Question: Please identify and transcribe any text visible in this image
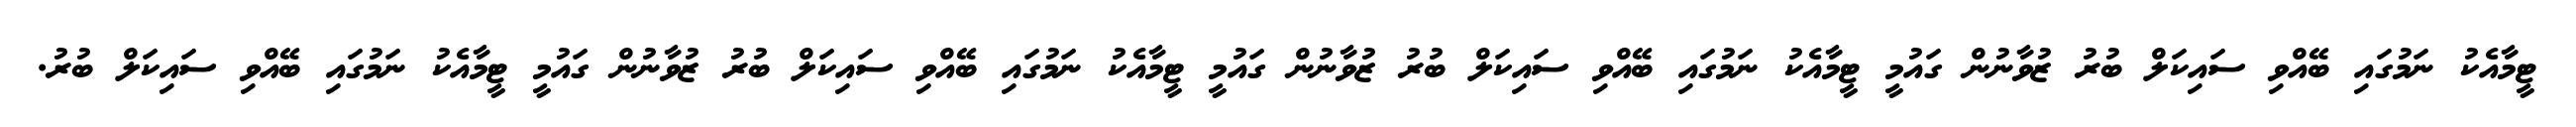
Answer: ޓީމާއެކު ނަމުގައި ބޭއްވި ސައިކަލް ބުރު ޒުވާނުން ގައުމީ ޓީމާއެކު ނަމުގައި ބޭއްވި ސައިކަލް ބުރު ޒުވާނުން ގައުމީ ޓީމާއެކު ނަމުގައި ބޭއްވި ސައިކަލް ބުރު ޒުވާނުން ގައުމީ ޓީމާއެކު ނަމުގައި ބޭއްވި ސައިކަލް ބުރު.